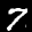
Label: 7